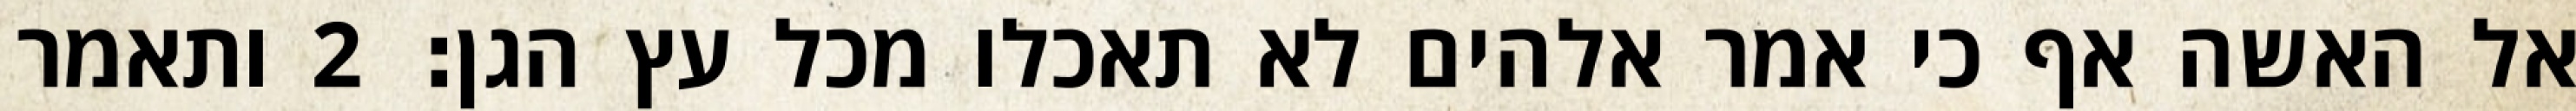
אל האשה אף כי אמר אלהים לא תאכלו מכל עץ הגן׃ ‎2‏ ותאמר